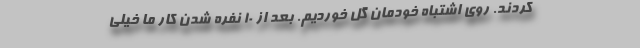
کردند. روی اشتباه خودمان گل خوردیم. بعد از ۱۰ نفره شدن کار ما خیلی